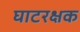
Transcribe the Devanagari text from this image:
घाटरक्षक